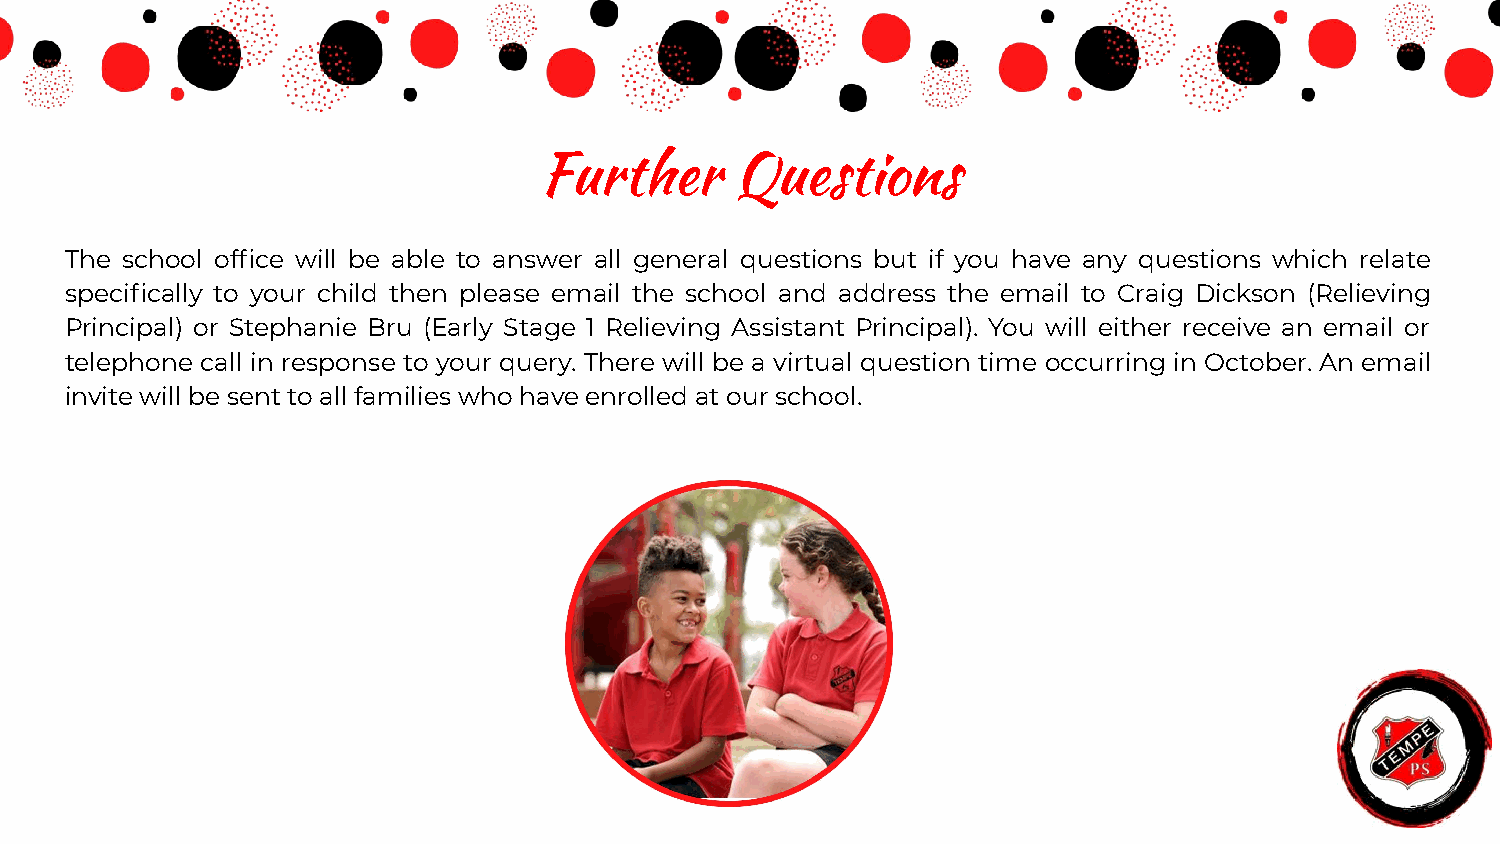
Further      Questions
 The school office will be able to answer all general questions but if you have any questions which relate
 specifically to your child then please email the school and address the email to Craig Dickson (Relieving
 Principal) or Stephanie Bru (Early Stage 1 Relieving Assistant Principal). You will either receive an email or
 telephone call in response to your query. There will be a virtual question time occurring in October. An email
 invite will be sent to all families who have enrolled at our school.